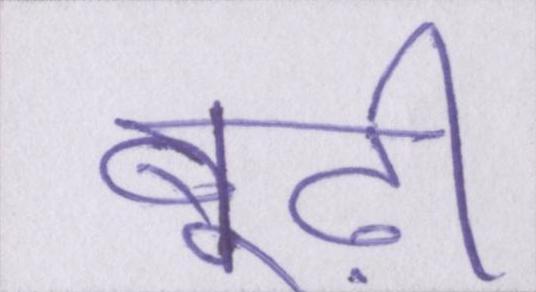
बूढ़ी